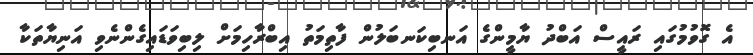
އެ ގޮވުމުގައި ރައީސް އަބްދު ޔާމީންގެ އަނބިކަނބަލުން ފާތިމަތު އިބްރާހިމަށް ލިބިވަޑައިގެންނެވި އަނިޔާތަކާ